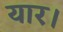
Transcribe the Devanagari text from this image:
यार।